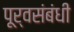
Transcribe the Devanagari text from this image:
पूर्वसंबंधी